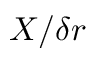
X / \delta r